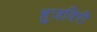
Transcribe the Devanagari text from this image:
हुजविरी